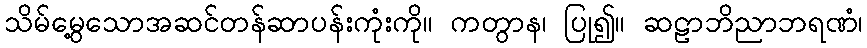
သိမ်မွေ့သောအဆင်တန်ဆာပန်းကုံးကို။ ကတွာန၊ ပြု၍။ ဆဠာဘိညာဘရဏံ၊